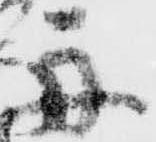
舟